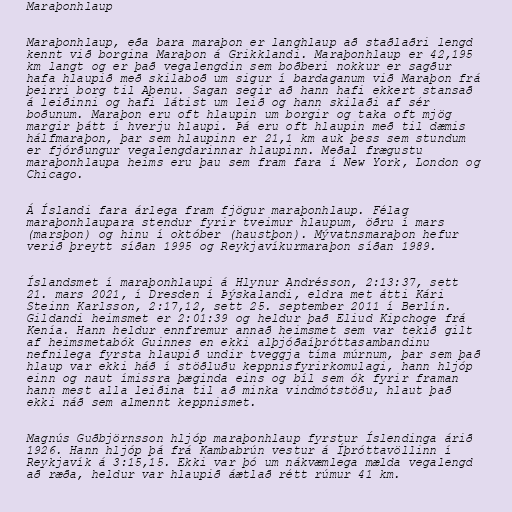
Maraþonhlaup

Maraþonhlaup, eða bara maraþon er langhlaup að staðlaðri lengd
kennt við borgina Maraþon á Grikklandi. Maraþonhlaup er 42,195
km langt og er það vegalengdin sem boðberi nokkur er sagður
hafa hlaupið með skilaboð um sigur í bardaganum við Maraþon frá
þeirri borg til Aþenu. Sagan segir að hann hafi ekkert stansað
á leiðinni og hafi látist um leið og hann skilaði af sér
boðunum. Maraþon eru oft hlaupin um borgir og taka oft mjög
margir þátt í hverju hlaupi. Þá eru oft hlaupin með til dæmis
hálfmaraþon, þar sem hlaupinn er 21,1 km auk þess sem stundum
er fjórðungur vegalengdarinnar hlaupinn. Meðal frægustu
maraþonhlaupa heims eru þau sem fram fara í New York, London og
Chicago.

Á Íslandi fara árlega fram fjögur maraþonhlaup. Félag
maraþonhlaupara stendur fyrir tveimur hlaupum, öðru í mars
(marsþon) og hinu í október (haustþon). Mývatnsmaraþon hefur
verið þreytt síðan 1995 og Reykjavíkurmaraþon síðan 1989.

Íslandsmet í maraþonhlaupi á Hlynur Andrésson, 2:13:37, sett
21. mars 2021, í Dresden í Þýskalandi, eldra met átti Kári
Steinn Karlsson, 2:17,12, sett 25. september 2011 í Berlín.
Gildandi heimsmet er 2:01:39 og heldur það Eliud Kipchoge frá
Kenía. Hann heldur ennfremur annað heimsmet sem var tekið gilt
af heimsmetabók Guinnes en ekki alþjóðaíþróttasambandinu
nefnilega fyrsta hlaupið undir tveggja tíma múrnum, þar sem það
hlaup var ekki háð í stöðluðu keppnisfyrirkomulagi, hann hljóp
einn og naut ímissra þæginda eins og bíl sem ók fyrir framan
hann mest alla leiðina til að minka vindmótstöðu, hlaut það
ekki náð sem almennt keppnismet.

Magnús Guðbjörnsson hljóp maraþonhlaup fyrstur Íslendinga árið
1926. Hann hljóp þá frá Kambabrún vestur á Íþróttavöllinn í
Reykjavík á 3:15,15. Ekki var þó um nákvæmlega mælda vegalengd
að ræða, heldur var hlaupið áætlað rétt rúmur 41 km.